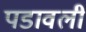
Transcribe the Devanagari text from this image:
पडावली